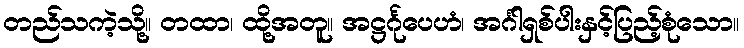
တည်သကဲ့သို့။ တထာ၊ ထို့အတူ။ အဋ္ဌင်္ဂုပေဟံ၊ အင်္ဂါရှစ်ပါးနှင့်ပြည့်စုံသော။